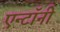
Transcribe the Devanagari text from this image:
एन्टॉनी